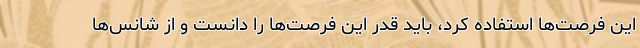
این فرصت‌ها استفاده کرد، باید قدر این فرصت‌ها را دانست و از شانس‌ها